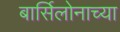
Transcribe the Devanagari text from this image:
बार्सिलोनाच्या